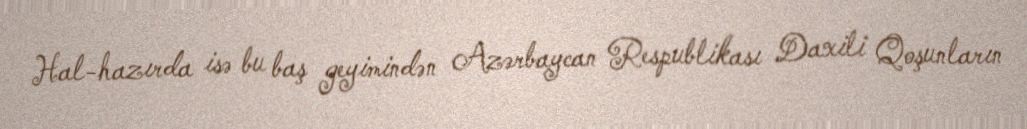
Hal-hazırda isə bu baş geyimindən Azərbaycan Respublikası Daxili Qoşunların